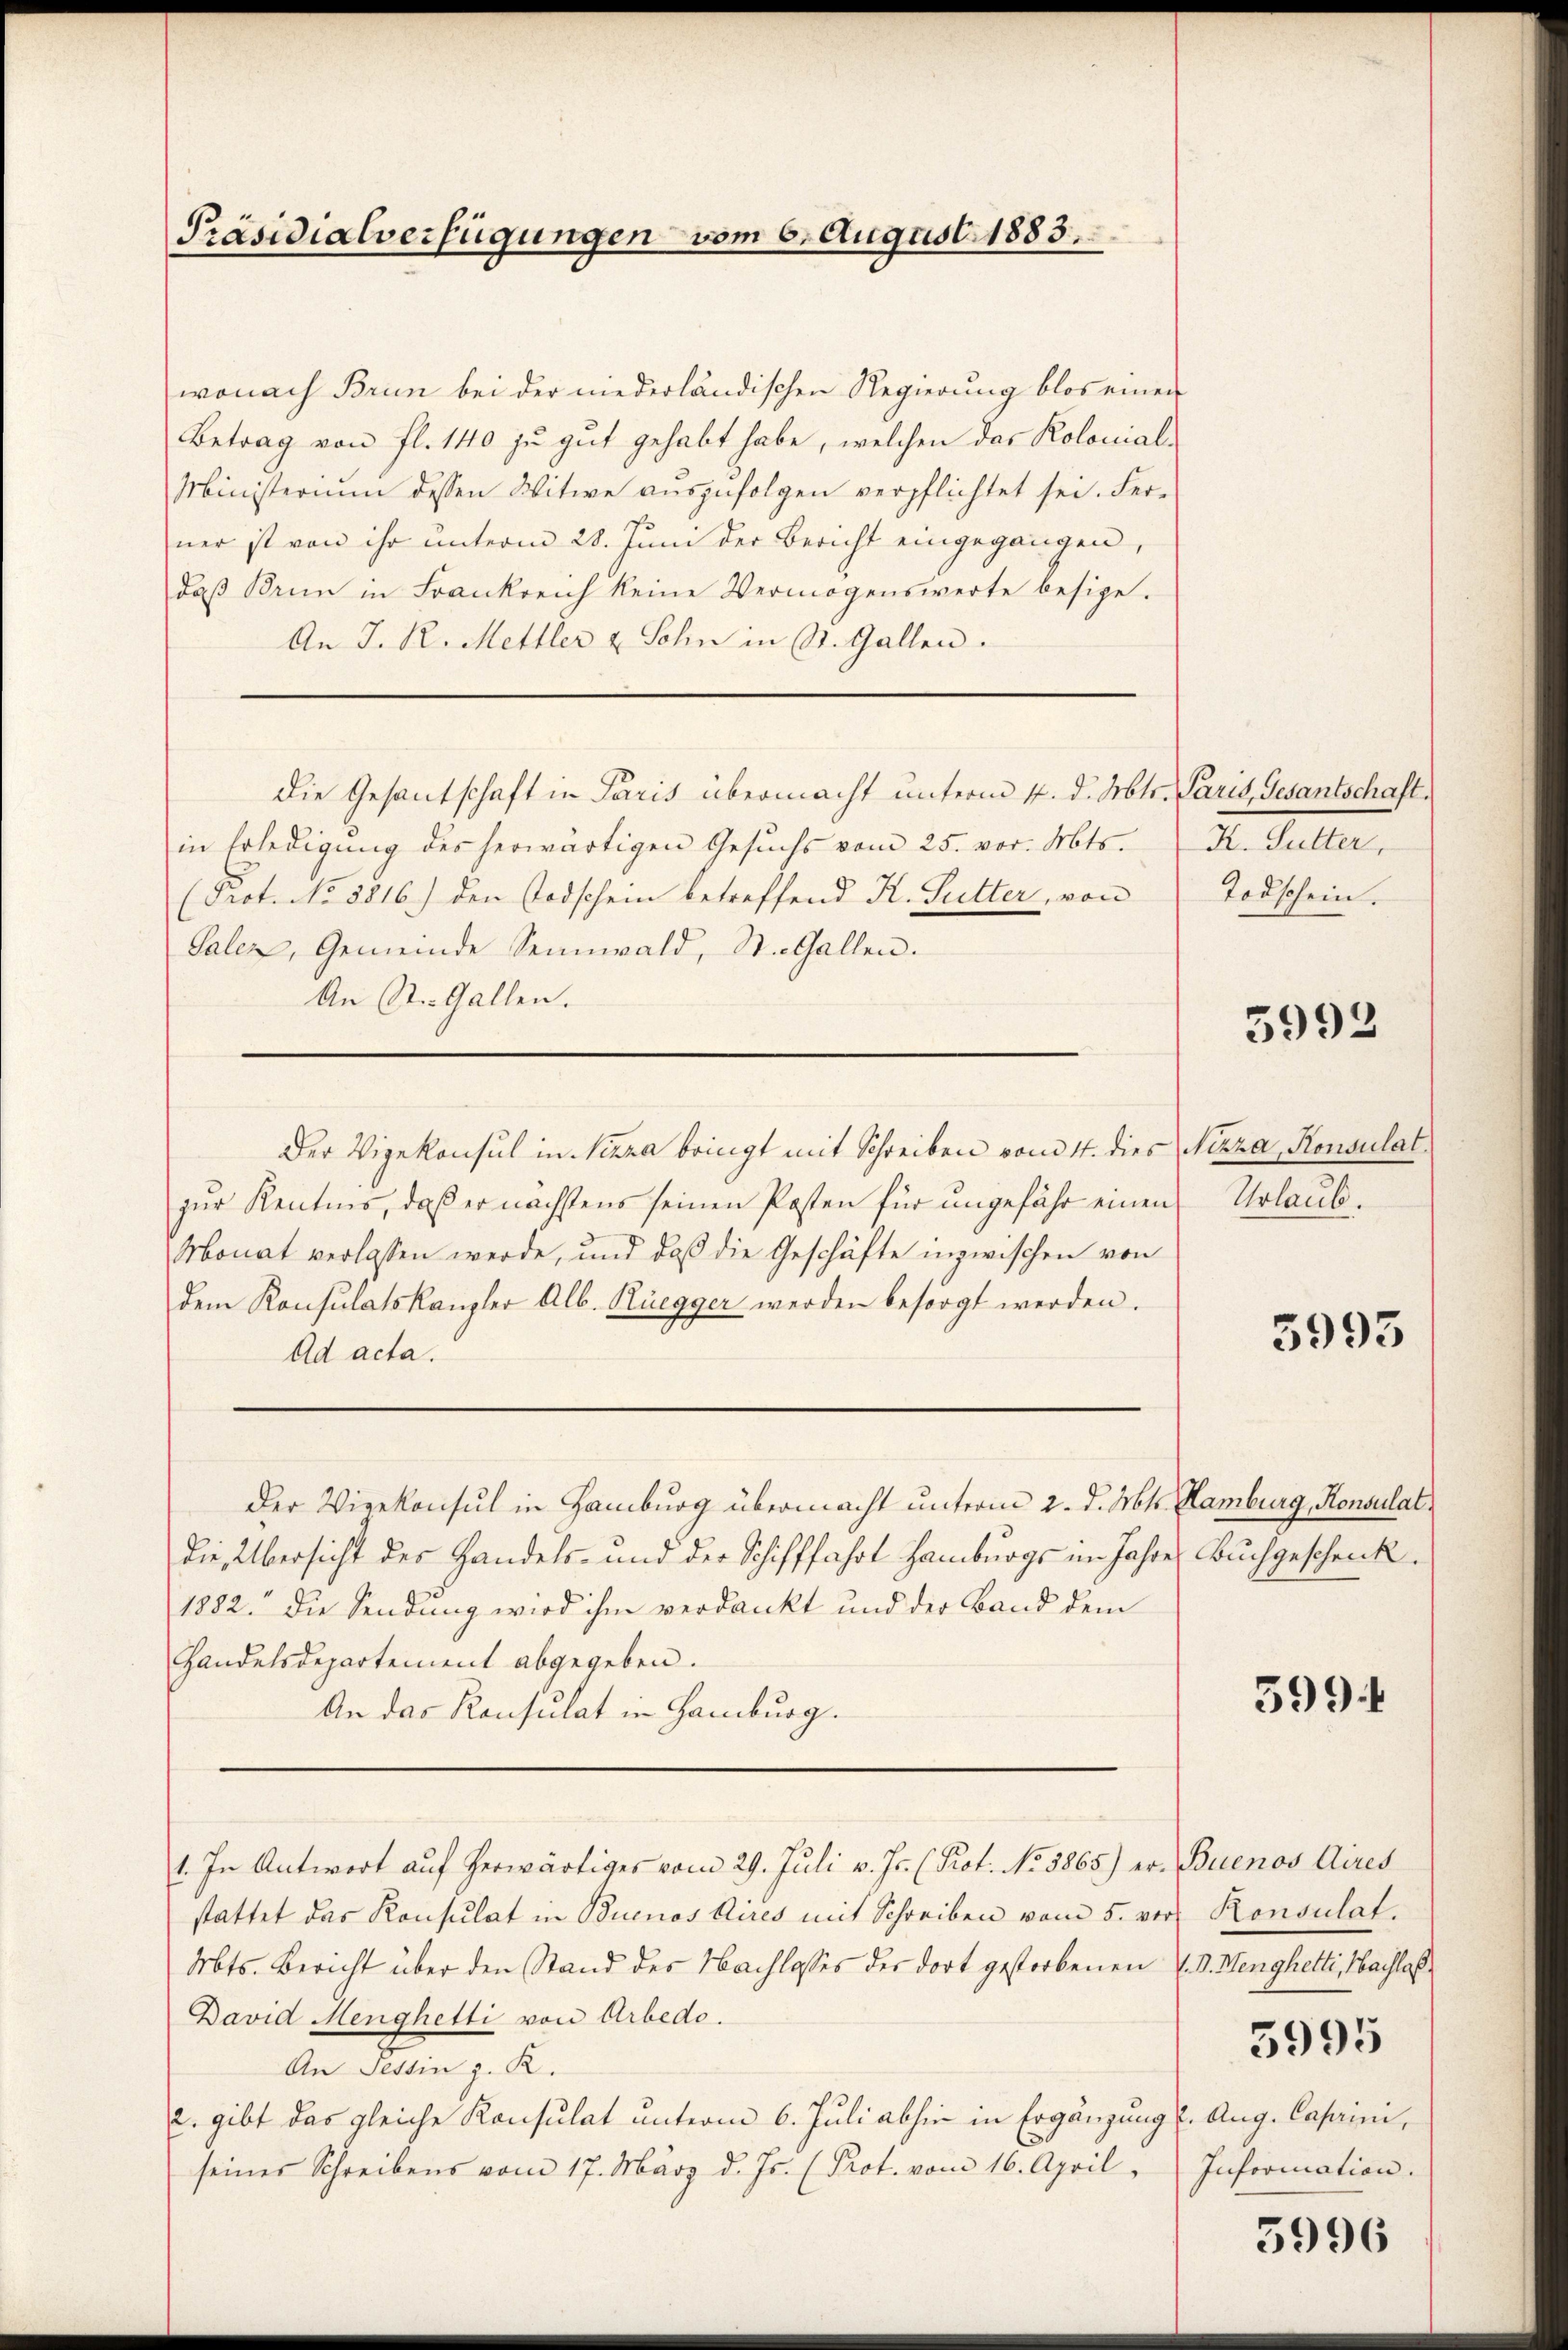
Präsidialverfügungen vom 6. August 1883.

wonach Brun bei der niederländischen Regierung blos einer
Betrag von fl. 140 zu gut gehabt habe, welchen das Kolonial-
Ministerium dessen Witwe auszufolgen verpflichtet sei. Ferner ist von ihr unterm 28. Juni der Bericht eingegangen,
daβ Brun in Frankreich keine Vermögenswerte besize.
An J. R. Mettler & Sohn in St. Gallen.
Die Gesantschaft in Paris übermacht unterm 4. d. Mtr. Paris, Gesantschaft.
in Erledigŭng des herwärtigen Gesŭchs vom 25. vor. Mts.
(Prot. No 3816.) den Todschein betreffend K. Sutter, von Todschein.
Salen, Gemeinde Sennwald, St. Gallen.
An St. Gallen.
Der Vizekonsul in Pizza bringt mit Schreiben vom 4. dies Nizza, Konsulat
zŭr Kentnis, daβ er nächstens seinen Posten für ungefähr einen
Monat verlassen werde, und daß die Geschäfte inzwischen von
dem Konsulatskanzler Alb. Rüegger werden besorgt werden.
Ad acta.
Der Vizekonsul in Hamburg übermacht unterm 2. d. Mt. Hamburg, Konsulat
Die Übersicht des Handels- und der Schifffahrt Hamburgs im Jahre Buchgeschenck¬
1882. Die Sendung wird ihm verdankt und der Band dem
Handelsdepartement abgegeben.
An das Konsulat in Hamburg.
1. In Antwort auf herwärtiges vom 29. Juli v. Js. (Prot. No 3865) er- Buenos Aires
stattet das Konsulat in Buenos Aires mit Schreiben vom 5. ver Konsulat
Mts. Bericht über den Stand des Nachlosses der dort gestorbenen 7. d. Menghetti, Nachlaß
David Menghetti von Arbedo.
An Tessin z. R.
2. gibt das gleiche Konsulat unterm 6. Juli abhin in Ergänzung u. Aug. Caprini,
seines Schreibens vom 17. März d. Js. (Prot. vom 16. April

K. Sutter,

5993

Urlaub.

5993

599

5995
Inforication.

5996